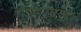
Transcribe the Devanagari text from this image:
गान्दरबल।